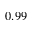
0 . 9 9